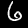
Digit: 6